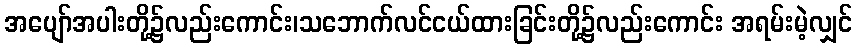
အပျော်အပါးတို့၌လည်းကောင်း၊သဘောက်လင်ငယ်ထားခြင်းတို့၌လည်းကောင်း အရမ်းမဲ့လျှင်